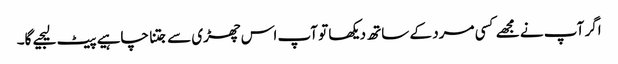
اگر آپ نے مجھے کسی مرد کے ساتھ دیکھا تو آپ اس چھڑی سے جتنا چاہیے پیٹ لیجیے گا۔